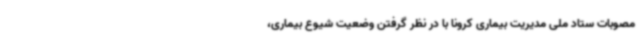
مصوبات ستاد ملی مدیریت بیماری کرونا با در نظر گرفتن وضعیت شیوع بیماری،